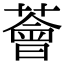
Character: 薈